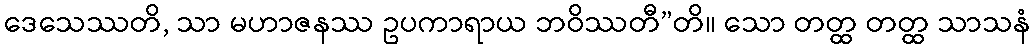
ဒေသေဿတိ, သာ မဟာဇနဿ ဥပကာရာယ ဘဝိဿတီ”တိ။ သော တတ္ထ တတ္ထ သာသနံ